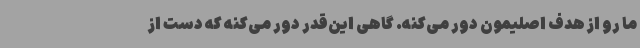
ما رو از هدف اصلیمون دور می‌کنه. گاهی این‌قدر دور می‌کنه که دست از